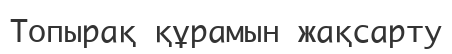
Топырақ құрамын жақсарту